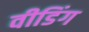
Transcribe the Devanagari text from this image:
वीडिंग